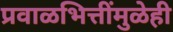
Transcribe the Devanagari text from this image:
प्रवाळभित्तींमुळेही